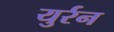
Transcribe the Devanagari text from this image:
युर्रन